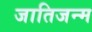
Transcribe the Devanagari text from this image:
जातिजन्म